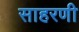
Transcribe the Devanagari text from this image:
साहरणी